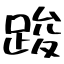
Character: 踆